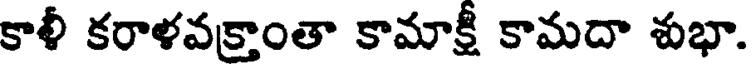
కాళీ కరాళవక్రాంతా కామాక్షీ కామదా శుభా.